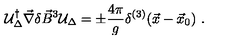
{ \cal U } _ { \Delta } ^ { \dagger } \vec { \nabla } \delta \vec { B } ^ { 3 } { \cal U } _ { \Delta } = \pm \frac { 4 \pi } { g } \delta ^ { ( 3 ) } ( \vec { x } - \vec { x } _ { 0 } ) \ .